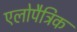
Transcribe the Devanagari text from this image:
एलोपैट्रिक